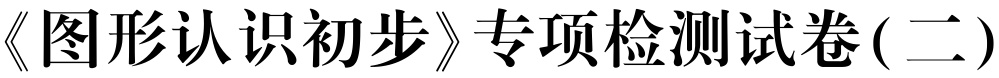
《图形认识初步》专项检测试卷(二)